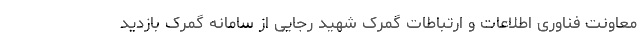
معاونت فناوری اطلاعات و ارتباطات گمرک شهید رجایی از سامانه گمرک بازدید